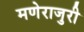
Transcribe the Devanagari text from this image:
मणेराजुरी